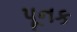
પૂનક